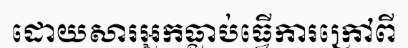
ដោយសារអ្នកធ្លាប់ធ្វើការក្រៅពី